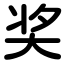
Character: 奖